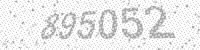
Solution: 895052